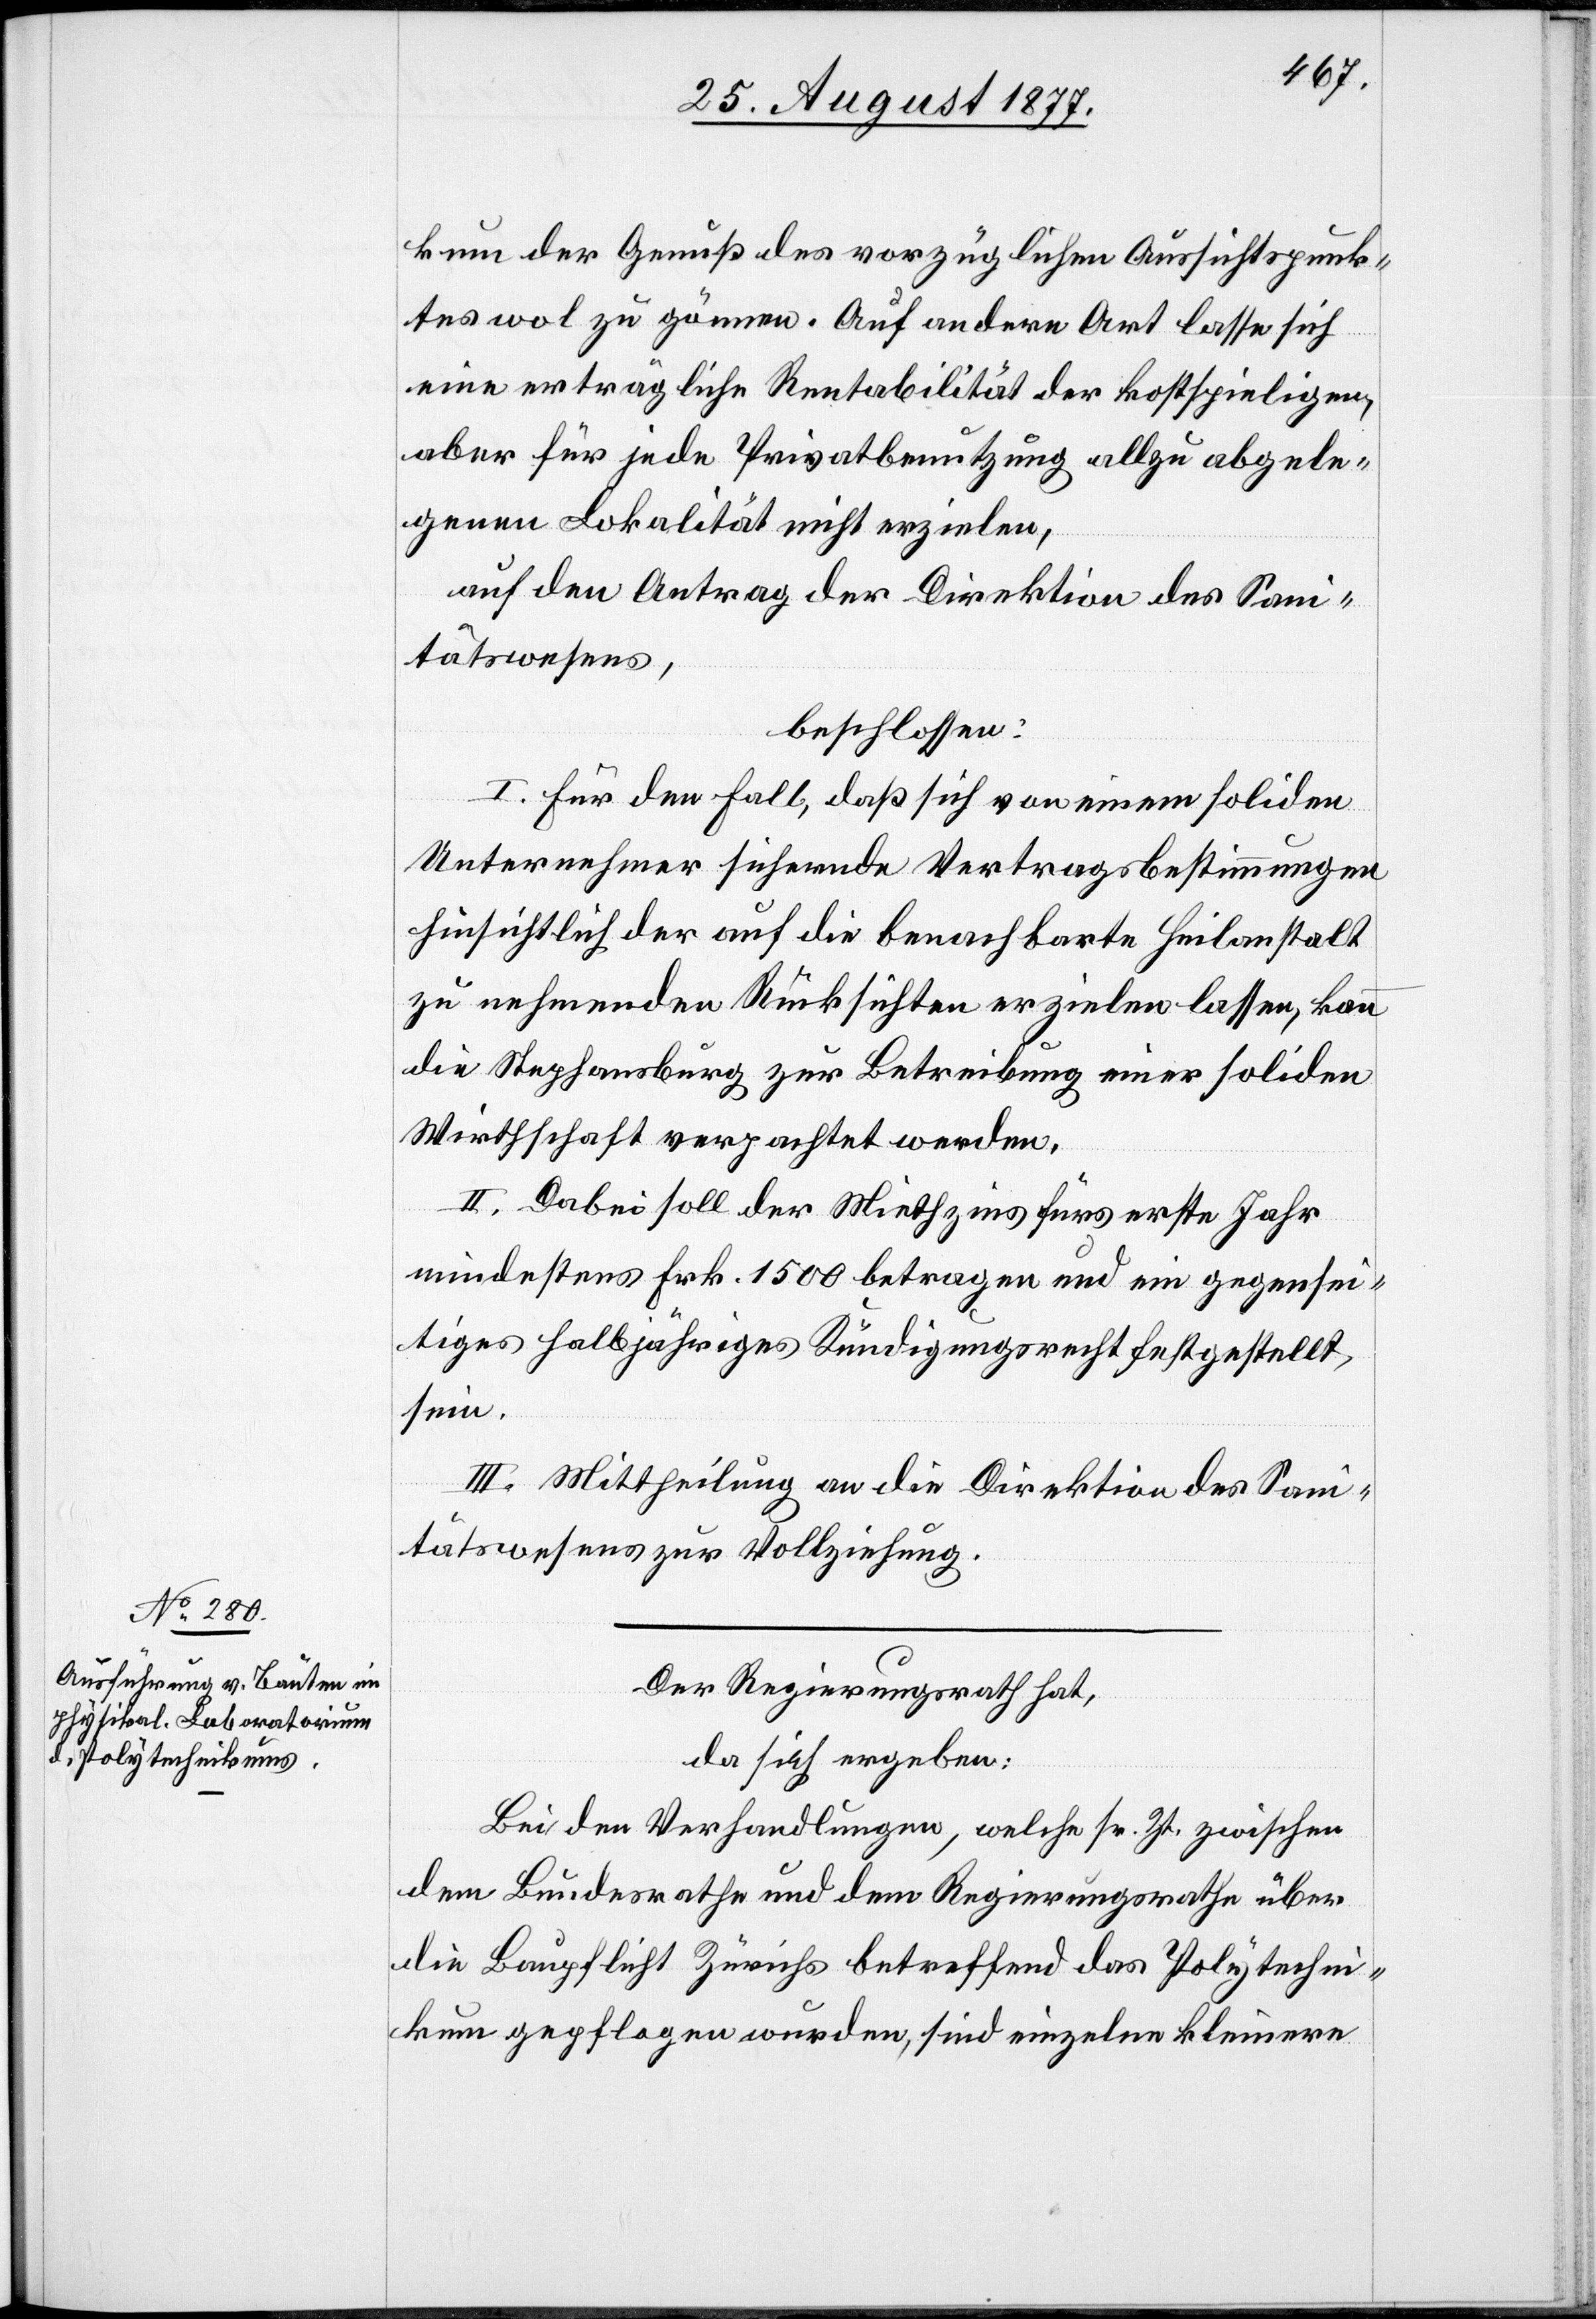
kum der Genuß des vorzüglichen Aussichtspunk¬
tes wol zu gönnen. Auf andere Art lasse sich
eine erträgliche Rentabilität der kostspieligen,
aber für jede Privatbenutzung allzu abgele¬
genen Lokalität nicht erzielen,
auf den Antrag der Direktion des Sani¬
tätswesens,
beschlossen:
I. Für den Fall, daß sich von einem soliden
Unternehmer sichernde Vertragsbestimmungen
hinsichtlich der auf die benachbarte Heilanstalt
zu nehmenden Rücksichten erzielen lassen, kann
die Stephansburg zur Betreibung einer soliden
Wirthschaft verpachtet werden.
II. Dabei soll der Miethzins fürs erste Jahr
mindestens Frk. 1500 betragen und ein gegensei¬
tiges halbjähriges Kündigungsrecht festgestellt
sein.
III. Mittheilung an die Direktion des San¬
itätswesens zur Vollziehung.
Der Regierungsrath hat,
da sich ergeben:
Bei den Verhandlungen, welche sr. Zt. zwischen
dem Bundesrathe und dem Regierungsrathe über
die Baupflicht Zürichs betreffend das Polytechni¬
kum gepflogen wurden, sind einzelne kleinere